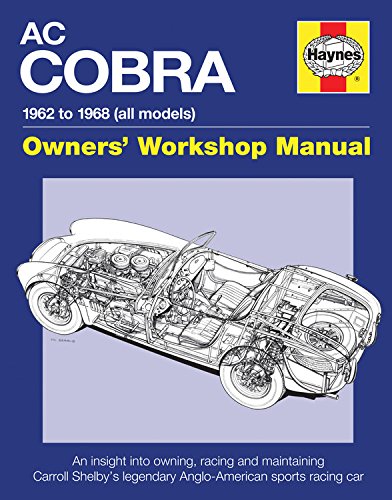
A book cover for AC/Shelby Cobra: 1962 to 1968 (all models) (Owners' Workshop Manual); Glen Smale; Engineering & Transportation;